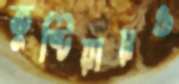
কুষ্টিয়ায়ও